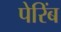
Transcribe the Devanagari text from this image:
पेरिंब